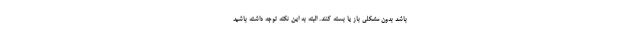
باشد بدون مشکلی باز یا بسته کنند. البته به این نکته توجه داشته باشید